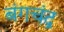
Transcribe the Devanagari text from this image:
बंगचंद्र